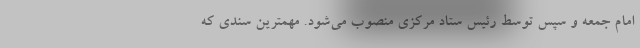
امام جمعه و سپس توسط رئیس ستاد مرکزی منصوب می‌شود. مهمترین سندی که